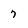
Character: 7